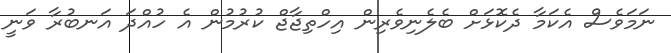
ނަމަވެސް އެކަމާ ދެކޮޅަށް ބެލެނިވެރިން އިހްތިޖާޖް ކުރުމުން އެ ހުއްދަ އަނބުރާ ވަނީ